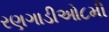
રણગાડીઓ૮મી